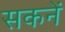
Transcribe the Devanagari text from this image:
सकनें